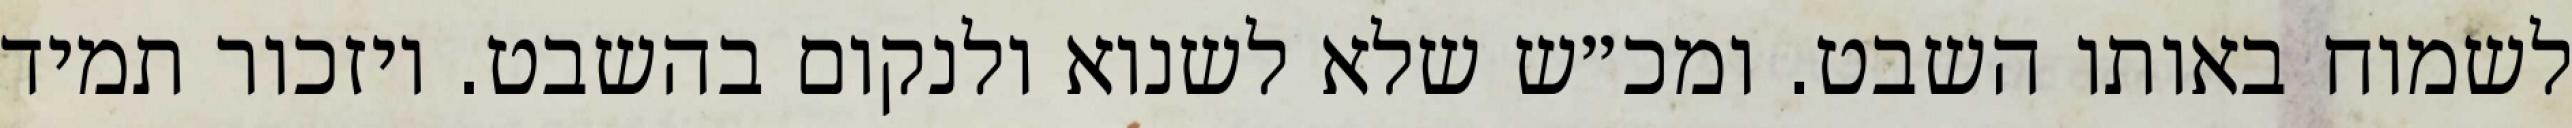
לשמוח באותו השבט. ומכ״ש שלא לשנוא ולנקום בהשבט. ויזכור תמיד